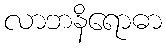
လာဘနိရောဓာ